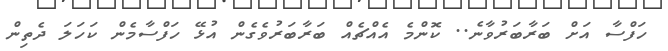
ހަފްސާ އަށް ބަރާބަރުވާނެ.. ކޮންމެ އެއްޗެއް ބަރާބަރުވެގެން އުޅޭ ހަފްސާމެން ކަހަލަ ދެތިން